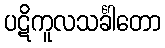
ပဋိကူလသင်္ခါတော